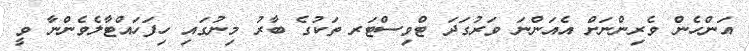
އަންހެން ވެރިންނަށް އެއަންނަ ވަރުގަދަ ޓްވިސްޓަރ ތަކުގެ ބާރު މިނުގައި ހިފަހައްޓާލެވެންނާ ވީ